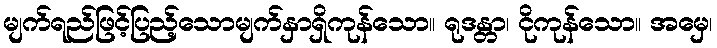
မျက်ရည်ဖြင့်ပြည့်သောမျက်နှာရှိကုန်သော။ ရုဒန္တာ၊ ငိုကုန်သော။ အမှေ၊